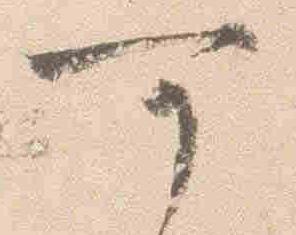
可